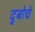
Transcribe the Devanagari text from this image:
दुबोचे